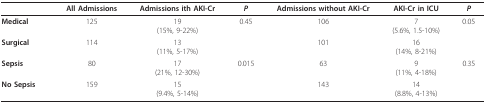
|  | All Admissions | Admissions ith AKI-Cr | P | Admissions without AKI-Cr | AKI-Cr in ICU | P |
 | --- | --- | --- | --- | --- | --- | --- |
 | Medical | 125 | 19(15%, 9-22%) | 0.45 | 106 | 7(5.6%, 1.5-10%) | 0.05 |
 | Surgical | 114 | 13(11%, 5-17%) |  | 101 | 16(14%, 8-21%) |  |
 | Sepsis | 80 | 17(21%, 12-30%) | 0.015 | 63 | 9(11%, 4-18%) | 0.35 |
 | No Sepsis | 159 | 15(9.4%, 5-14%) |  | 143 | 14(8.8%, 4-13%) |  |